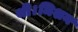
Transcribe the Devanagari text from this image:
थी।मिशन